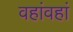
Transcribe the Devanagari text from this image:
वहांवहां